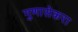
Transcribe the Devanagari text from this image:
गुणासेकरा